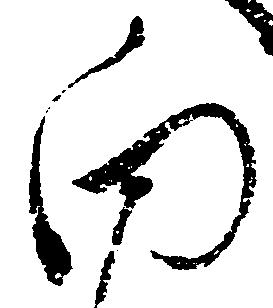
向